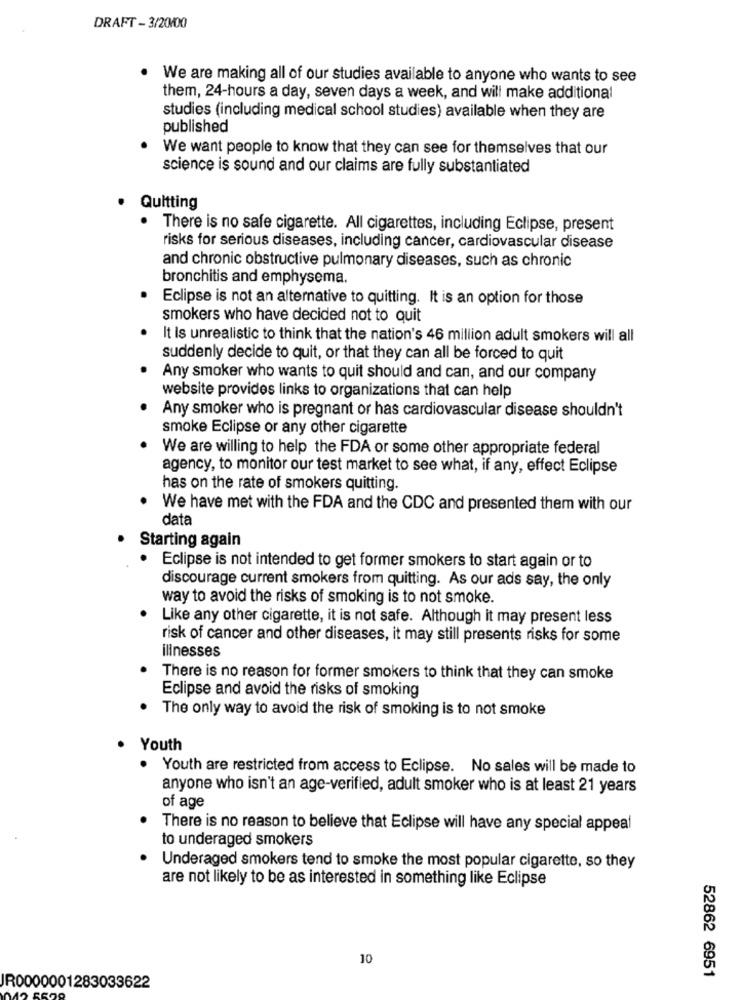
DRAFT -3/20/00
We are making all of our studies available to anyone who wants to see
them, 24-hours a day, seven days a week, and will make additional
studies (including medical school studies) available when they are
published
We want people to know that they can see for themselves that our
science is sound and our claims are fully substantiated
Quitting
There is no safe cigarette. All cigarettes, including Eclipse, present
risks for serious diseases, including cancer, cardiovascular disease
and chronic obstructive pulmonary diseases, such as chronic
bronchitis and emphysema.
Eclipse is not an alternative to quitting. It is an option for those
smokers who have decided not to quit
It Is unrealistic to think that the nation's 46 million adult smokers will all
suddenly decide to quit, or that they can all be forced to quit
Any smoker who wants to quit should and can, and our company
website provides links to organizations that can help
Any smoker who is pregnant or has cardiovascular disease shouldn't
smoke Eclipse or any other cigarette
We are willing to help the FDA or some other appropriate federal
agency, to monitor our test market to see what, if any, effect Eclipse
has on the rate of smokers quitting.
We have met with the FDA and the CDC and presented them with our
data
Starting again
Eclipse is not intended to get former smokers to start again or to
discourage current smokers from quitting. As our ads say, the only
way to avoid the risks of smoking is to not smoke.
Like any other cigarette, it is not safe. Although it may present less
risk of cancer and other diseases, it may still presents risks for some
illnesses
There is no reason for former smokers to think that they can smoke
Eclipse and avoid the risks of smoking
The only way to avoid the risk of smoking is to not smoke
Youth
Youth are restricted from access to Eclipse. No sales will be made to
anyone who isn't an age-verified, adult smoker who is at least 21 years
of age
There is no reason to believe that Eclipse will have any special appeal
to underaged smokers
Underaged smokers tend to smoke the most popular cigarette, so they
are not likely to be as interested in something like Eclipse
10
52862 6951
JR0000001283033622